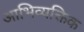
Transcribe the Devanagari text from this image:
आभिव्यक्तिक